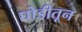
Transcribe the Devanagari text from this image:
घोडीतून